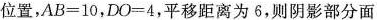
位置，$$A B = 1 0$$，$$D O = 4$$，平移距离为6，则阴影部分面